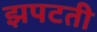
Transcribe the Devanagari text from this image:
झपटती